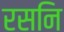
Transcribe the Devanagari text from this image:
रसनि